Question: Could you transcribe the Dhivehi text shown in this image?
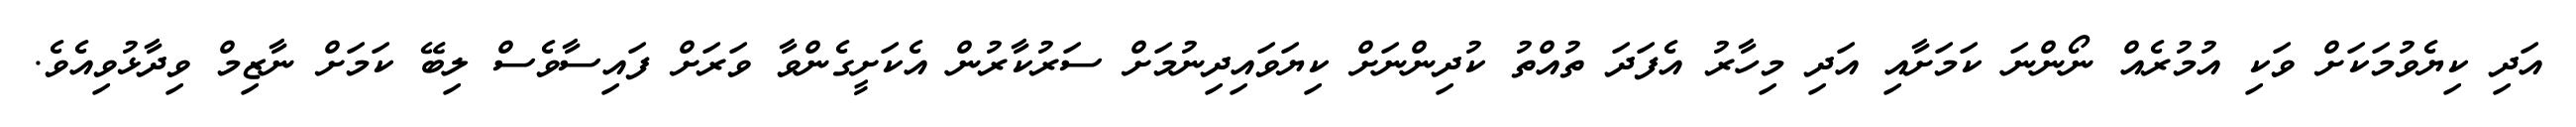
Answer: އަދި ކިޔެވުމަކަށް ވަކި އުމުރެއް ނޯންނަ ކަމަށާއި އަދި މިހާރު އެފަދަ ތުއްތު ކުދިންނަށް ކިޔަވައިދިނުމަށް ސަރުކާރުން އެކަށީގެންވާ ވަރަށް ފައިސާވެސް ލިބޭ ކަމަށް ނާޒިމް ވިދާޅުވިއެވެ.